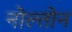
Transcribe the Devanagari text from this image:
नोल्तोन